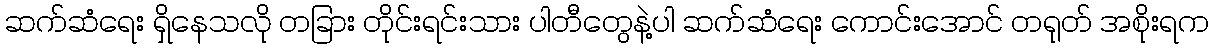
ဆက်ဆံရေး ရှိနေသလို တခြား တိုင်းရင်းသား ပါတီတွေနဲ့ပါ ဆက်ဆံရေး ကောင်းအောင် တရုတ် အစိုးရက